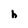
Character: h